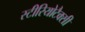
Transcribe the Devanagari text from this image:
स्टीरियोटैक्सी